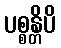
ပစ္စန္တိပိ